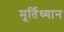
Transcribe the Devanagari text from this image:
मूर्तिध्यान